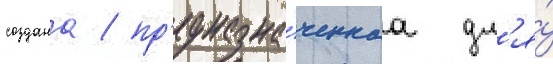
создана / пр'едназна́ченнаа дл'я́